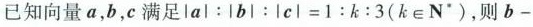
已知向量a,b,c满足|a|:|b|:|c| = 1:k:3(k\epsilon N^*)